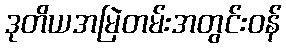
ဒုတိယအမြဲတမ်းအတွင်းဝန်